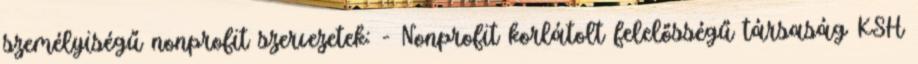
személyiségű nonprofit szervezetek: - Nonprofit korlátolt felelősségű társaság KSH